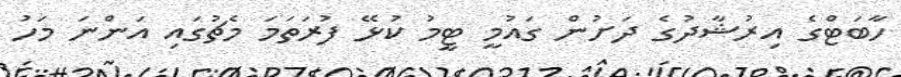
ހާބަޓްގެ އިރުޝާދުގެ ދަށުން ގައުމީ ޓީމު ކުޅޭ ފުރަތަމަ މެޗުގައި އަންނަ މަހު